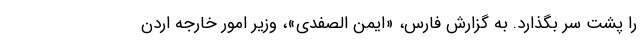
را پشت سر بگذارد. به گزارش فارس، «ایمن الصفدی»، وزیر امور خارجه اردن